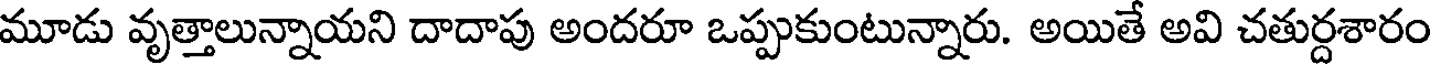
మూడు వృత్తాలున్నాయని దాదాపు అందరూ ఒప్పుకుంటున్నారు. అయితే అవి చతుర్దశారం